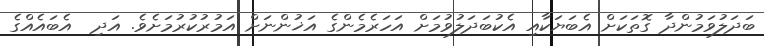
ބަދަލުވަމުންދާ ގޮތަކަށް އެބަޔަކާއި އެކުބަދަލުވުމަށް އަހަރެމެންގެ އަޚުންނަށް އަމުރުކުރުމަށެވެ. އަދި  އެބައެއްގެ